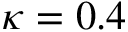
\kappa = 0 . 4